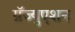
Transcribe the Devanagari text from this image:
ग्रॅज्युएशन